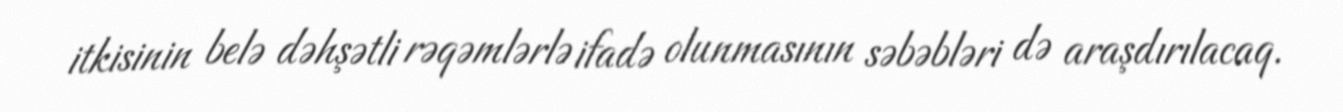
itkisinin belə dəhşətli rəqəmlərlə ifadə olunmasının səbəbləri də araşdırılacaq.